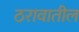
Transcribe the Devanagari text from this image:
ठरावातील